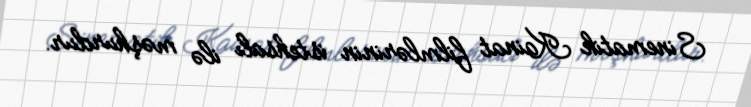
Sinematik Kainat filmlərinin istehsalı ilə məşhurdur.